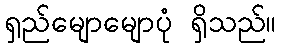
ရှည်မျောမျောပုံ ရှိသည်။